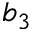
b _ { 3 }